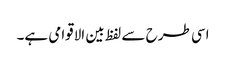
اسی طرح سے لفظ بین الاقوامی ہے۔